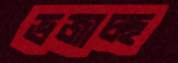
ভজাচ্ছ